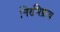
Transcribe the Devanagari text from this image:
निरभिप्राय